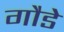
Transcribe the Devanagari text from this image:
गौडे